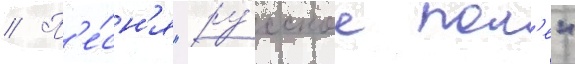
// П'е́сн'я "ру́сское пол'е"